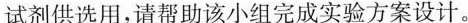
试剂供选用，请帮助该小组完成实验方案设计。